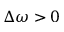
\Delta \omega > 0